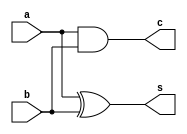
module halfaddr (
    s,c,a,b
);
input a,b;
output s,c;
xor G1(s,a,b);
and G2(c,a,b);
endmodule
// eval "$(/opt/homebrew/bin/brew shellenv)"